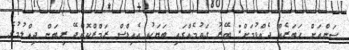
ސަންއަށް ޚަބަރެއް ދެއްވުމަށް: ބޭރު ގައުމެއްގައި ބަޔަކު އެއިޑްސް ރަމްޒްކޮށްދޭ ރިބަން ދިއްލުމުގެ